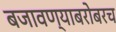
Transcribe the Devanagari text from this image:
बजावण्याबरोबरच